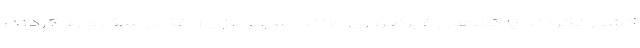
کشور نکردند یا کالاهای غیرضروری مانند اسباب‌بازی و غذای سگ وارد کردند،